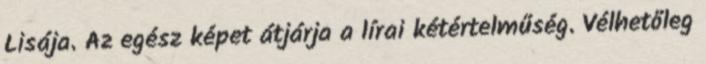
Lisája. Az egész képet átjárja a lírai kétértelmű­ség. Vélhetőleg